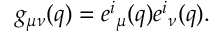
g _ { \mu \nu } ( q ) = { e ^ { i } } _ { \mu } ( q ) { e ^ { i } } _ { \nu } ( q ) .